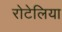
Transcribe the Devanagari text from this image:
रोटेलिया